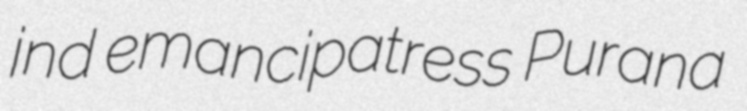
jnd emancipatress Purana